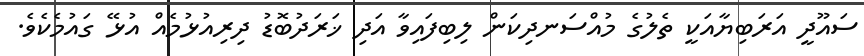
ސައޫދީ އަރަބިޔާއަކީ ތެލުގެ މުއްސަނދިކަން ލިބިފައިވާ އަދި ޚަރަދުބޮޑު ދިރިއުޅުމެއް އުޅޭ ގައުމެކެވެ.